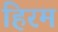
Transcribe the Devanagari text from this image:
हिरम